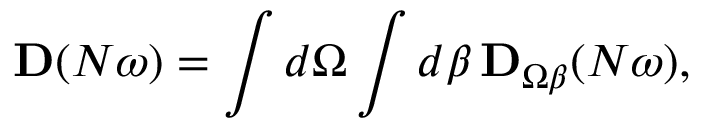
\mathbf { D } ( N \omega ) = \int d \Omega \int d \beta \, \mathbf { D } _ { \Omega \beta } ( N \omega ) ,